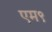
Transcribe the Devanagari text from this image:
एम९